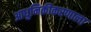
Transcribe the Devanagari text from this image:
आधुनिकीकरणाला